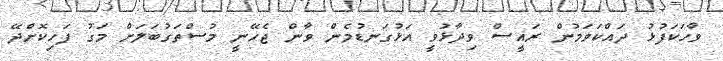
ވާހަކަފުޅު ދައްކަވަމުން ރައީސް ވިދާޅުވީ އަޅުގަނޑުމެން ވާން ޖެހޭނީ މުސްތަގުބަލަށް މަގު ފަހިކޮށްދޭ